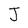
Character: J